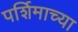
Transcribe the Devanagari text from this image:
पर्शिमाच्या